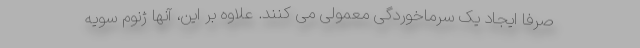
صرفا ایجاد یک سرماخوردگی معمولی می کنند. علاوه بر این، آنها ژنوم سویه